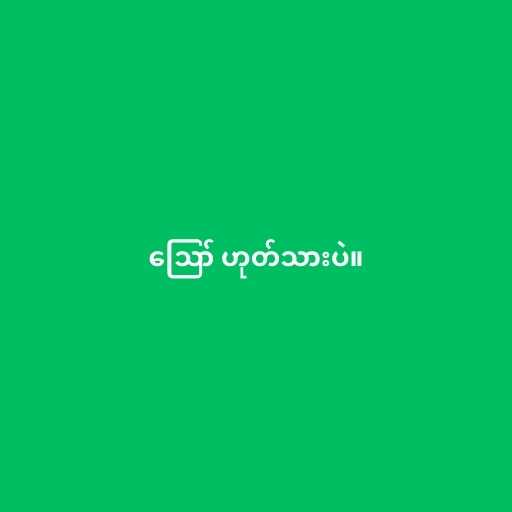
ဪ ဟုတ်သားပဲ။